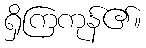
ရှိကြကုန်၏။